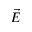
\vec { E }